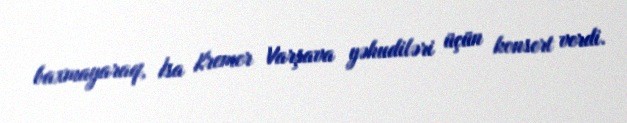
baxmayaraq, İsa Kremer Varşava yəhudiləri üçün konsert verdi.